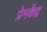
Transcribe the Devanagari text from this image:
प्रेमकेंद्र